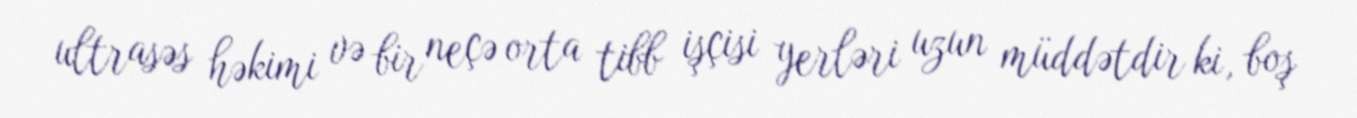
ultrasəs həkimi və bir neçə orta tibb işçisi yerləri uzun müddətdir ki, boş